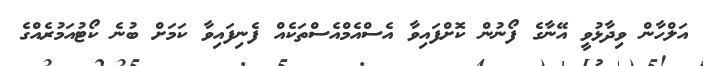
އަލްހާން ވިދާޅުވީ އޭނާގެ ފޯނުން ކޮށްފައިވާ އެސްއެމްއެސްތަކެއް ފެނިފައިވާ ކަމަށް ބުނެ ކޯޓުއަމުރެއްގެ